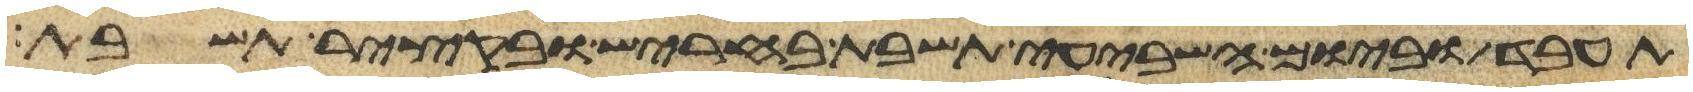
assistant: תעבד וביום השביעי תשבת בחריש ובקציר תשבת